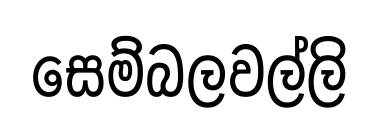
සෙම්බලවල්ලි